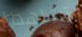
تشاهدوا